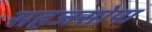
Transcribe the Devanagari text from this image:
सहजसोपा